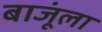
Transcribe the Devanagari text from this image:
बाजूंला